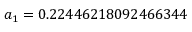
a _ { 1 } = 0 . 2 2 4 4 6 2 1 8 0 9 2 4 6 6 3 4 4